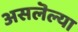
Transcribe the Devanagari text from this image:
असलॆल्या